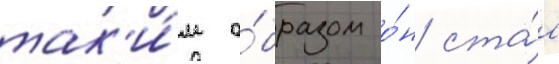
так'и́м о́бразом о́н ста́л